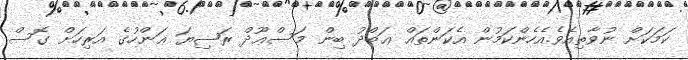
ކަމަކަށް ނުވާތިއެވެ.އެހެންކަމުން އެކަންތައް ޢަބްދު ބިން މަސްޢޫދް ރަޟިޔަ ޢަންހުގެ އަރިހަށް ގޮސް